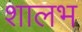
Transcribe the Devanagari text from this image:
शालभ